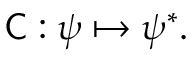
{ \mathsf { C } } : \psi \mapsto \psi ^ { * } .